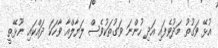
އުޅޭ ވަގުތު މަދުވެފައި އަދި ހުންނަ ވަގުތަކުވެސް ލަޔާލްއާ ވާހަކަ ދައްކައި ނޫޅޭތީ